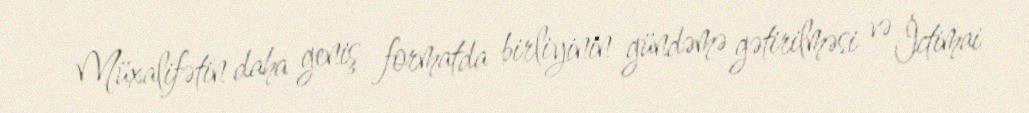
Müxalifətin daha geniş formatda birliyinin gündəmə gətirilməsi və İctimai